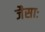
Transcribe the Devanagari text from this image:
जैसाः